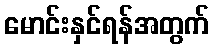
မောင်းနှင်ရန်အတွက်